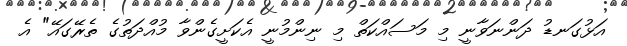
އަޅުގަނޑު ދަންނަވާނީ މި މަސައްކަތް މި ނިންމުނީ އެކަށީގެންވާ މުއްދަތުގެ ތެރޭގައޭ" އެ